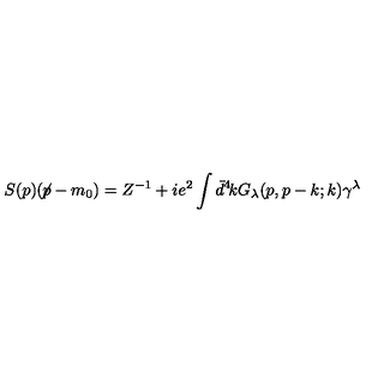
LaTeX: S ( p ) ( \! \not \! p - m _ { 0 } ) = Z ^ { - 1 } + i e ^ { 2 } \int \bar { d } ^ { 4 } \! k G _ { \lambda } ( p , p - k ; k ) \gamma ^ { \lambda }